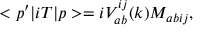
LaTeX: < p ^ { \prime } | i T | p > = i V _ { a b } ^ { i j } ( k ) M _ { a b i j } ,